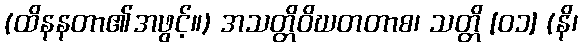
(ထိနနတာ၏အဖွင့်။) အသတ္တိဝိဃတတာစ၊ သတ္တိ [၀၁] (နိ၊